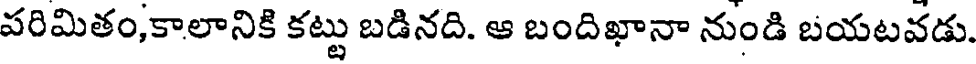
పరిమితం,కాలానికి కట్టు బడినది. ఆ బందిఖానా నుండి బయటవడు.